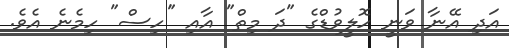
އަދި އޭނާ ވަނީ ހޮލީވުޑްގެ "ދަ މިތް" އާއި "'ހިސް" ހިމެނެ އެވެ.